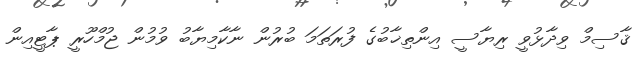
ޤާސިމް ވިދާޅުވީ ރިޔާސީ އިންތިޚާބުގެ ފުރަތަމަ ބުރުން ނާކާމިޔާބު ވުމުން ޖުމްހޫރީ ޕާޓީއިން